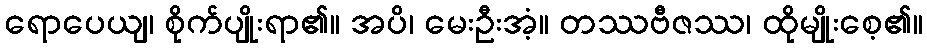
ရောပေယျ၊ စိုက်ပျိုးရာ၏။ အပိ၊ မေးဦးအံ့။ တဿဗီဇဿ၊ ထိုမျိုးစေ့၏။